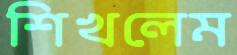
শিখলেম